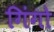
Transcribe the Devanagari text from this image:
गिंगो